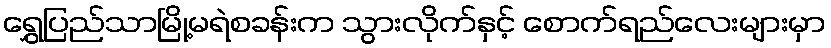
ရွှေပြည်သာမြို့မရဲစခန်းက သွားလိုက်နှင့် စောက်ရည်လေးများမှာ